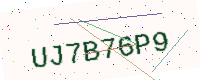
Text: UJ7B76P9